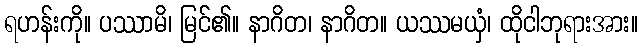
ရဟန်းကို။ ပဿာမိ၊ မြင်၏။ နာဂိတ၊ နာဂိတ။ ယဿမယှံ၊ ထိုငါဘုရားအား။